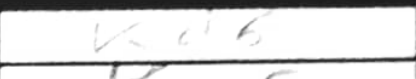
Transcription: Kd6